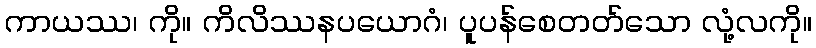
ကာယဿ၊ ကို။ ကိလိဿနပယောဂံ၊ ပူပန်စေတတ်သော လုံ့လကို။